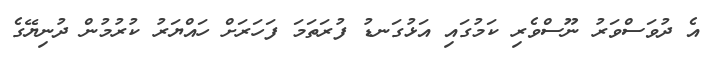
އެ ދުވަސްވަރު ނޫސްވެރި ކަމުގައި އަޅުގަނޑު ފުރަތަމަ ފަހަރަށް ހައްޔަރު ކުރުމުން ދުނިޔޭގެ